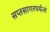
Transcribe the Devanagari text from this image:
सप्तसागरपर्यन्तं